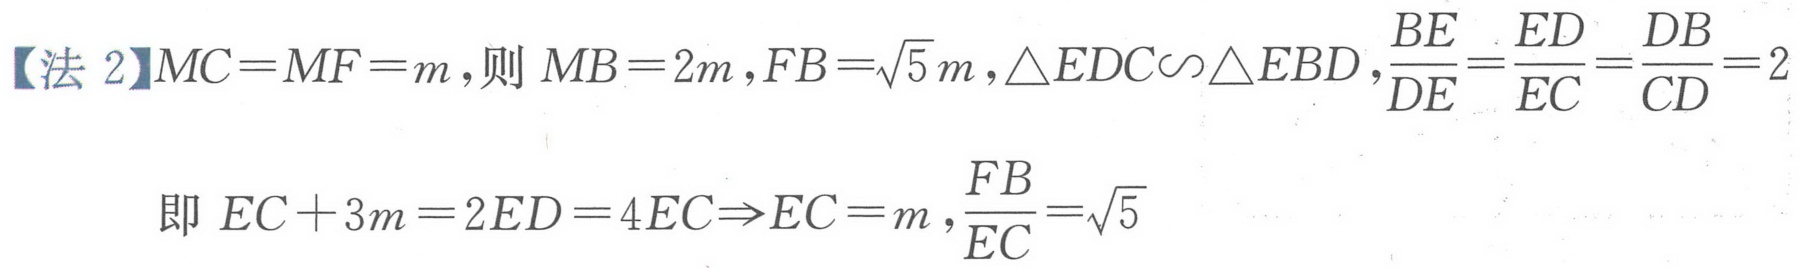
【法 2】\(MC = MF = m\)，则 \(MB = 2m\)，\(FB=\sqrt{5}m\)，\(\triangle EDC\sim\triangle EBD\)，\(\frac{BE}{DE}=\frac{ED}{EC}=\frac{DB}{CD}=2\)
即 \(EC + 3m = 2ED = 4EC\Rightarrow EC = m\)，\(\frac{FB}{EC}=\sqrt{5}\)